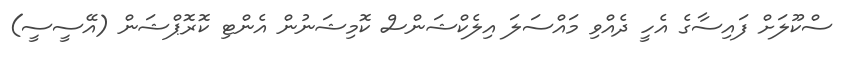
ސްކޫލަށް ފައިސާގެ އެހީ ދެއްވި މައްސަލަ އިލެކްޝަންސް ކޮމިޝަނުން އެންޓި ކޮރޮޕްޝަން (އޭސީސީ)